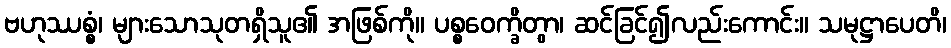
ဗဟုဿစ္စံ၊ များသောသုတရှိသူ၏ အဖြစ်ကို။ ပစ္စဝေက္ခိတွာ၊ ဆင်ခြင်၍လည်းကောင်း။ သမုဋ္ဌာပေတိ၊